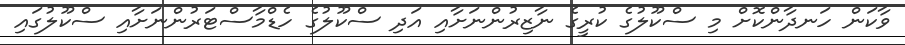
ވާކަން ހަނދާންކޮށް މި ސްކޫލުގެ ކުރީގެ ނާޒިރުންނަށާއި އަދި ސްކޫލުގެ ހެޑްމާސްޓަރުންނަށާއި ސްކޫލުގައި